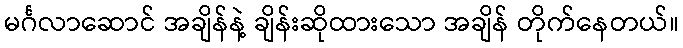
မင်္ဂလာဆောင် အချိန်နဲ့ ချိန်းဆိုထားသော အချိန် တိုက်နေတယ်။